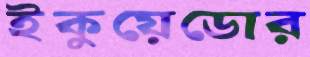
ইকুয়েডোর